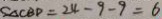
S _ { \Delta } C B D = 2 4 - 9 - 9 = 6